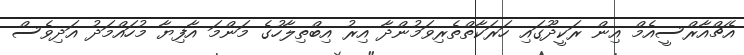
އެޗްއާރްސީއެމް އިން ރަކީދޫގައި ހަަރަކާތްތެރިވަމުންދާ އިރު އިބްތިލާހުގެ މަންމަ އާފިޔާ މުހައްމަދު އަދިވެސް